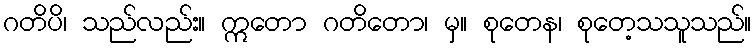
ဂတိပိ၊ သည်လည်း။ ဣတော ဂတိတော၊ မှ။ စုတေန၊ စုတေ့သသူသည်။